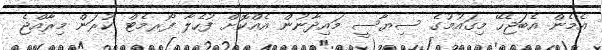
އެމެން އެބަޖެހޭ މިގައުމުގެ ސިޔާސީ މައިދާނުން އެއްކޮށް ފުހެލާ ފޯރމެޓް ކުރަން މިރާއްޖެ